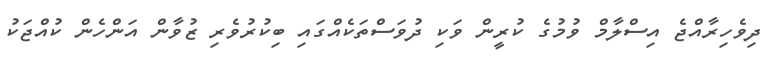
ދިވެހިރާއްޖެ އިސްލާމް ވުމުގެ ކުރީން ވަކި ދުވަސްތަކެއްގައި ބިކުރުވެރި ޒުވާން އަންހެން ކުއްޖަކު